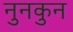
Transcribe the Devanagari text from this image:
नुनकुन